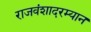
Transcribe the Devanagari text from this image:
राजवंशादरम्यान